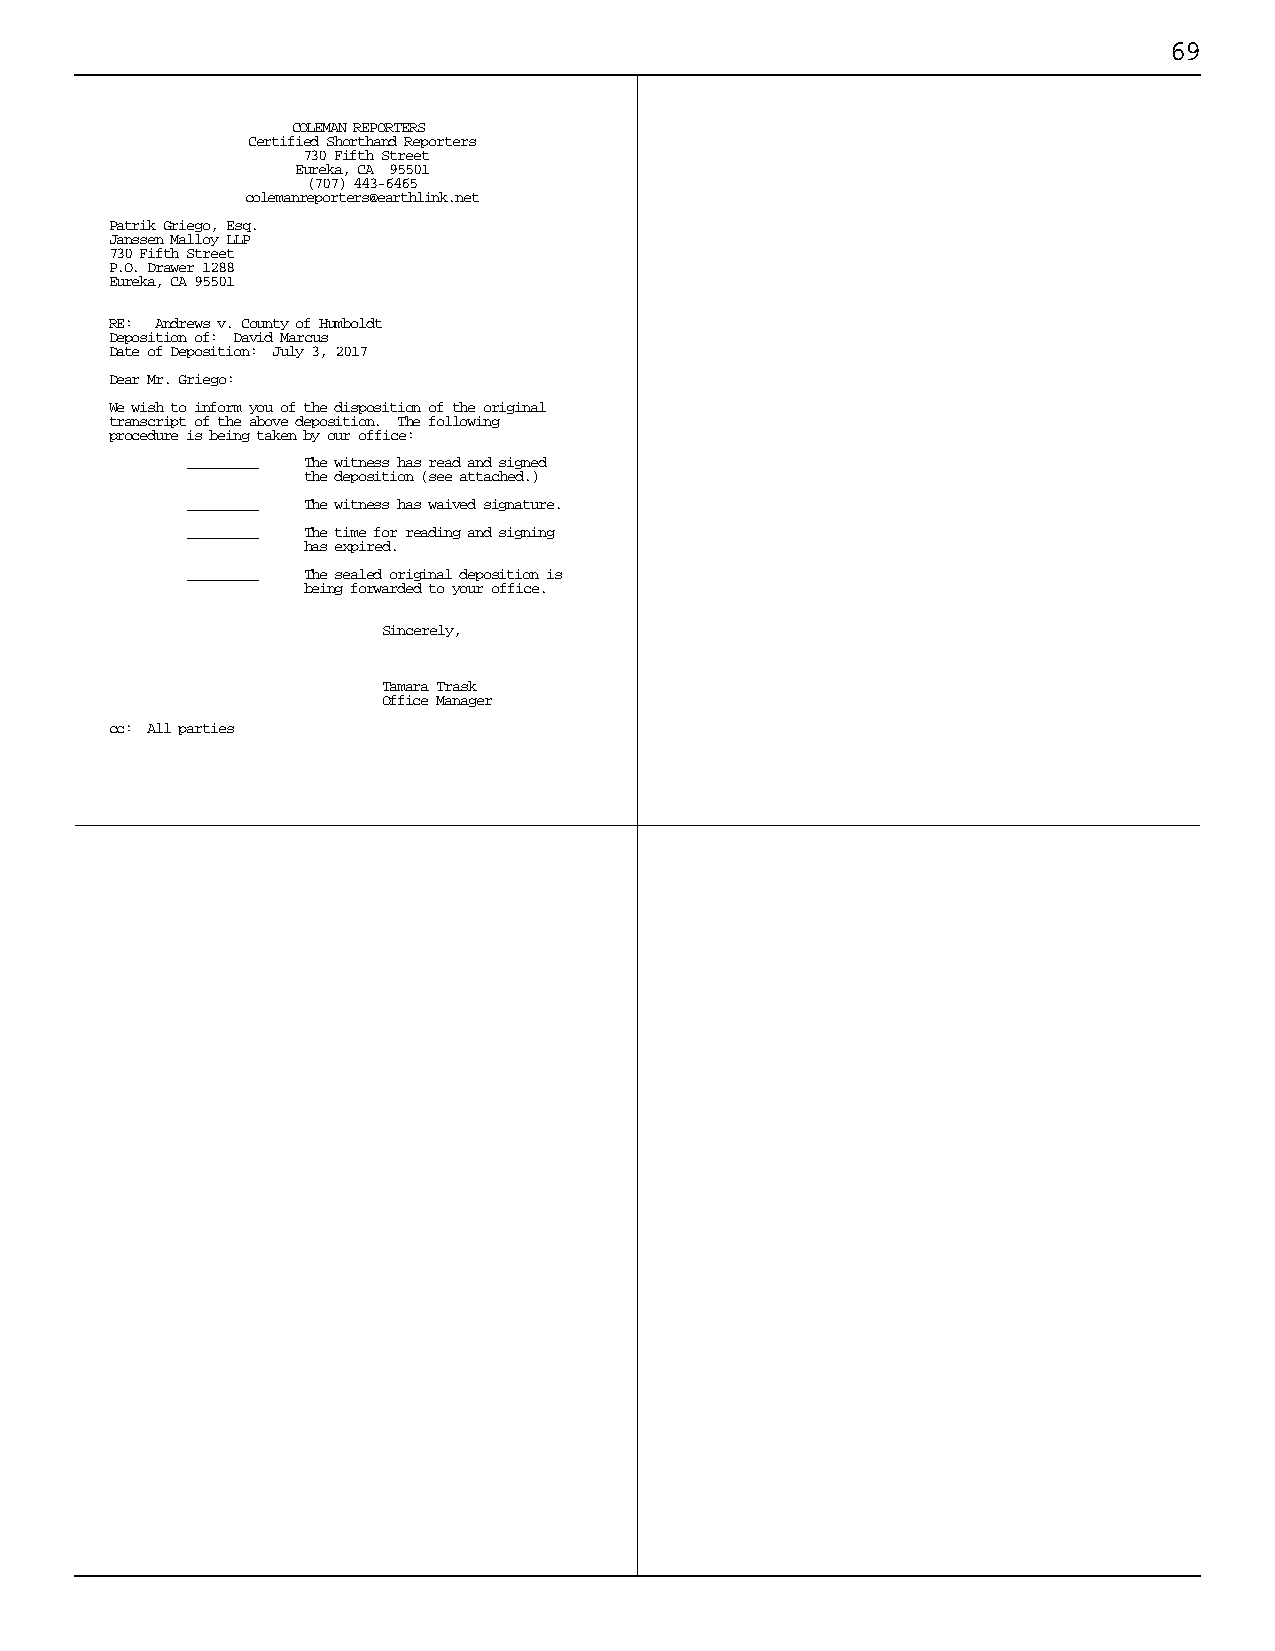
69
 COLEMAN REPORTERS
 Certified Shorthand Reporters
 730 Fifth Street
 Eureka, CA 95501
 (707) 443-6465
 colemanreporters@earthlink.net
 Patrik Griego, Esq.
 Janssen Malloy LLP
 730 Fifth Street
 P.O. Drawer 1288
 Eureka, CA 95501
 RE: Andrews v. County of Humboldt
 Deposition of: David Marcus
 Date of Deposition: July 3, 2017
 Dear Mr. Griego:
 We wish to inform you of the disposition of the original
 transcript of the above deposition. The following
 procedure is being taken by our office:
 _________ The witness has read and signed
 the deposition (see attached.)
 _________ The witness has waived signature.
 _________ The time for reading and signing
 has expired.
 _________ The sealed original deposition is
 being forwarded to your office.
 Sincerely,
 Tamara Trask
 Office Manager
 cc: All parties